Lunatic asylums Central Provinces reports 1910-1926 - 1910-1926
Year: 1910
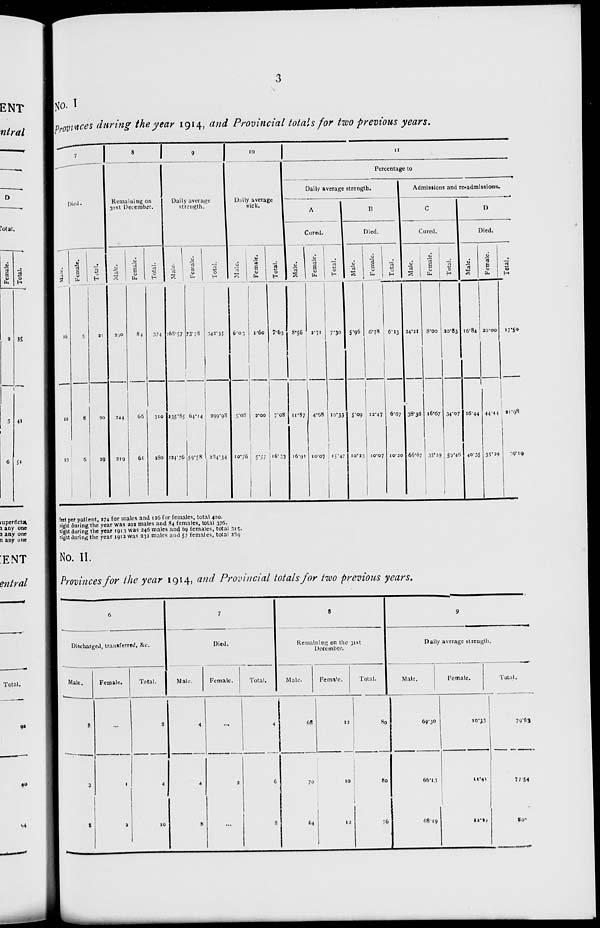
3
No. I
Provinces during the year 1914, and Provincial totals for two previous years.
7
Died.
Male.
16
12
23
Female.
5
8
6
Total.
21
20
29
8
Remaining on
31st December.
Male
290
244
219
Female.
84
66
61
Total.
374
310
280
9
Daily average
strength.
Male.
268.57
235.85
234.76
Female.
73.78
64.14
59.58
Total.
342.35
299.98
234.34
10
Daily average
sick.
Male.
6.03
5.08
10.76
Female.
1.60
2.00
5.57
Total.
7.63
7.08
16.33
11
Percentage to
Daily average strength.
A
Cured.
Male.
8.56
11.87
10.91
Female.
2.71
4.68
10.07
Total.
7.30
10.33
15.47
B
Died.
Male.
5.96
5.09
10.23
Female.
6.78
12.47
10.07
Total.
6.13
6.67
10.20
Admissions and re-admissions.
C
Cured.
Male.
24.21
38.36
66.67
Female.
8.00
16.67
35.29
Total.
20.83
34.07
59.46
D
Died.
Male.
16.84
16.44
40.35
Female.
20.00
44.44
35.29
Total.
17.50
21.98
39.19
feet per patient, 274 for males and 126 for females, total 400.
night during the year was 292 males and 84 females, total 376.
night during the year 1913 was 246 males and 69 females, total 315.
night during the year 1912 was 232 males and 57 females, total 289.
No. II.
Provinces for the year 1914, and Provincial totals for two previous years.
6
Discharged, transferred, &c.
Male.
8
3
8
Female.
...
1
2
Total.
8
4
10
7
Died.
Male
4
4
8
Female.
...
2
...
Total.
4
6
8
8
Remaining on the 31st
December.
Male.
68
70
64
Female.
12
10
12
Total.
80
80
76
9
Daily average strength.
Male.
69.30
66.13
68.19
Female.
10.33
11.41
12.30
Total.
79.63
77.54
80